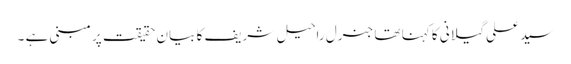
سید علی گیلانی کا کہنا تھا جنرل راحیل شریف کا بیان حقیقت پر مبنی ہے ۔